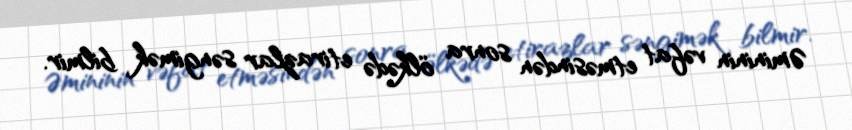
Əmininin vəfat etməsindən sonra ölkədə etirazlar səngimək bilmir.